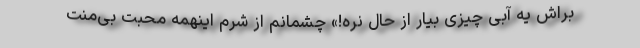
براش یه آبی چیزی بیار از حال نره!» چشمانم از شرم اینهمه محبت بی‌منت